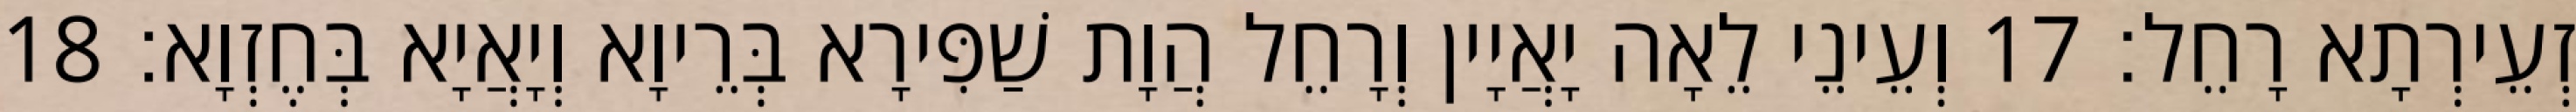
זְעֵירְתָא רָחֵל׃ 17 וְעֵינֵי לֵאָה יָאֲיָין וְרָחֵל הֲוָת שַׁפִּירָא בְּרֵיוָא וְיָאֲיָא בְּחֶזְוָא׃ 18